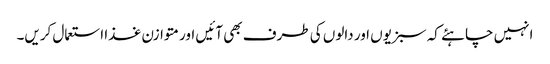
انہیں چاہئے کہ سبزیوں اور دالوں کی طرف بھی آئیں اور متوازن غذا استعمال کریں۔